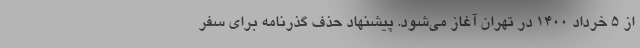
از ۵ خرداد ۱۴۰۰ در تهران آغاز می‌شود. پیشنهاد حذف گذرنامه برای سفر